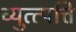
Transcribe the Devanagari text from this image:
व्युत्त्पत्ति